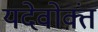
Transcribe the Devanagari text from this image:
यदेवोक्तं